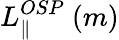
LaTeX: L_{\parallel}^{OSP}~(m)